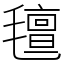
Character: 氊